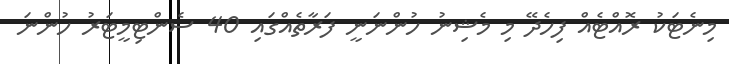
މިނެޓަކު ރޮއްޓެއް ފިހެދޭ މި މެޝިނު ހުންނަނީ ފަރާތެއްގައި 40 ސެންޓިމީޓަރު ހުންނަ